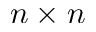
n \times n